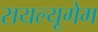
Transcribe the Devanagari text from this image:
सयल्यूगेम